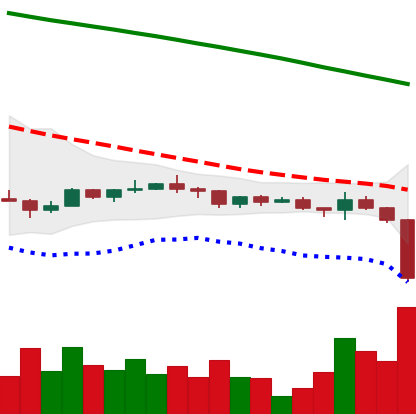
Ticker: ADA-USD
Chart end date: 2022-12-16
Forward return: -4.134%
Label: down_3_5